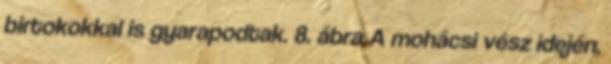
birtokokkal is gyarapodtak. 8. ábra A mohácsi vész idején,